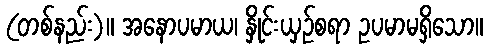
(တစ်နည်း)။ အနောပမာယ၊ နှိုင်းယှဉ်စရာ ဥပမာမရှိသော။